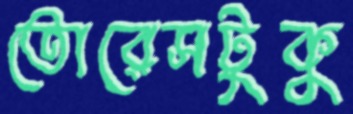
তোরেসটুকু